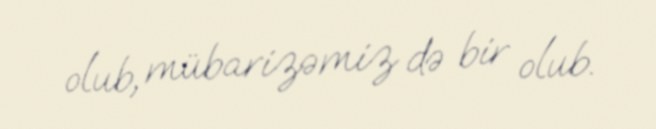
olub, mübarizəmiz də bir olub.